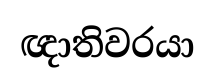
ඥාතිවරයා